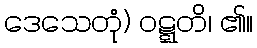
ဒေသေတုံ) ဝဋ္ဋတိ၊ ၏။